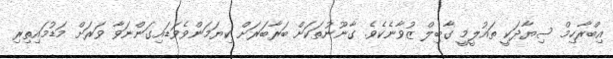
އިބްރާހިމް ސިޔާދަކީ ތައުލީމީ ގާބިލް ޒުވާނެކެވެ. ގާނޫނުތަކަށް ބަރާބަރަށް ކިޔަމަންވެވަޑައިގަންނަވާ ވަރަށް މަޑުމައިތިރި